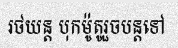
រថយន្ត បុកម៉ូតូរួចបន្តទៅ